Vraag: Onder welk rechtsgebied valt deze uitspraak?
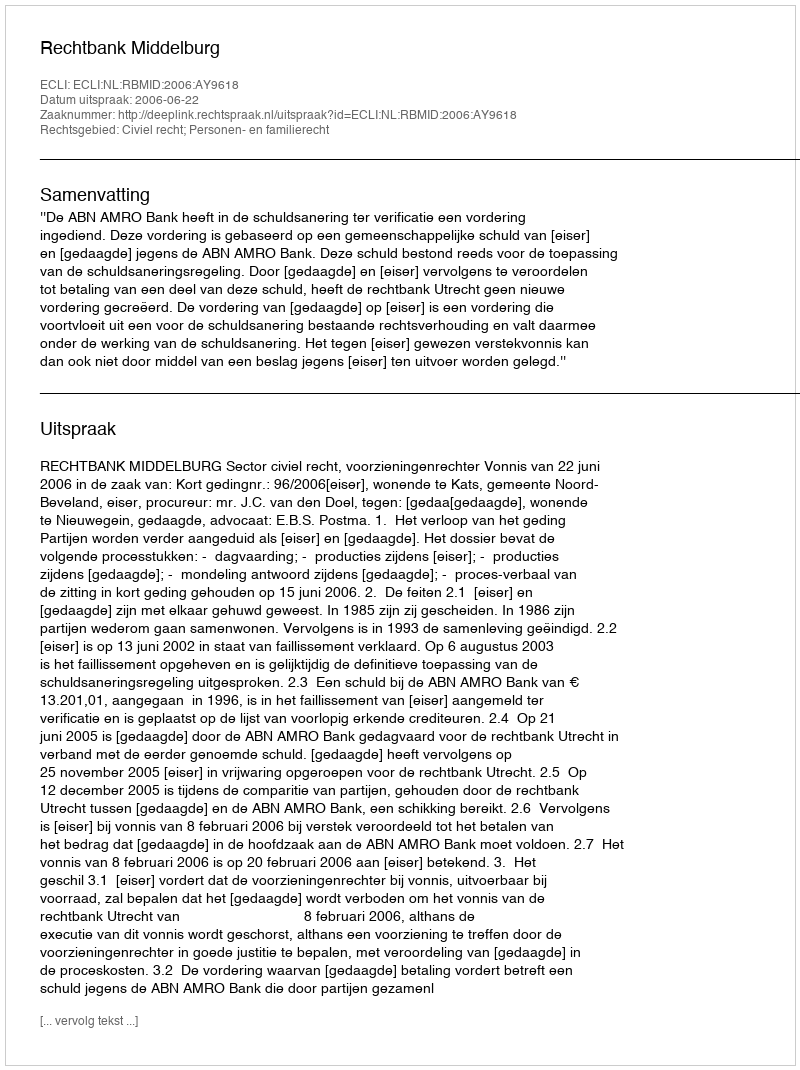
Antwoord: Civiel recht; Personen- en familierecht